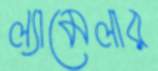
ল্যামেলার